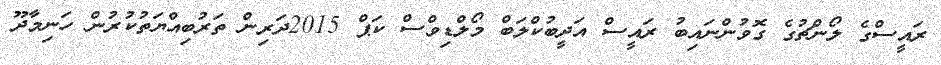
ރައީސްގެ ލޯންޗުގެ ގޮވުންނައިބު ރައީސް އަދީބުކްލަބް މޯލްޑިވްސް ކަޕް 2015ދަރިން ތަރުބިއްޔަތުކުރުން ހަނިމާދޫ